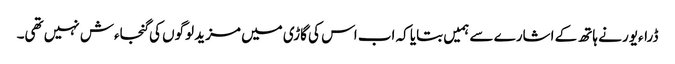
ڈراءیور نے ہاتھ کے اشارے سے ہمیں بتایا کہ اب اس کی گاڑی میں مزید لوگوں کی گنجاءش نہیں تھی۔